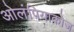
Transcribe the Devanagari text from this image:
ओलंपियाकोज